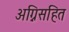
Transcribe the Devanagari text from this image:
अग्निसहित